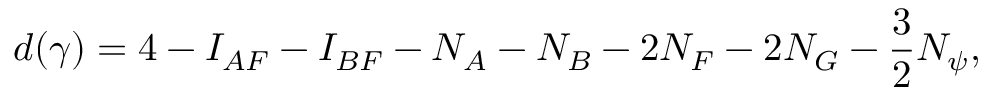
d ( \gamma ) = 4 - I _ { A F } - I _ { B F } - N _ { A } - N _ { B } - 2 N _ { F } - 2 N _ { G } - \frac 3 2 N _ { \psi } ,